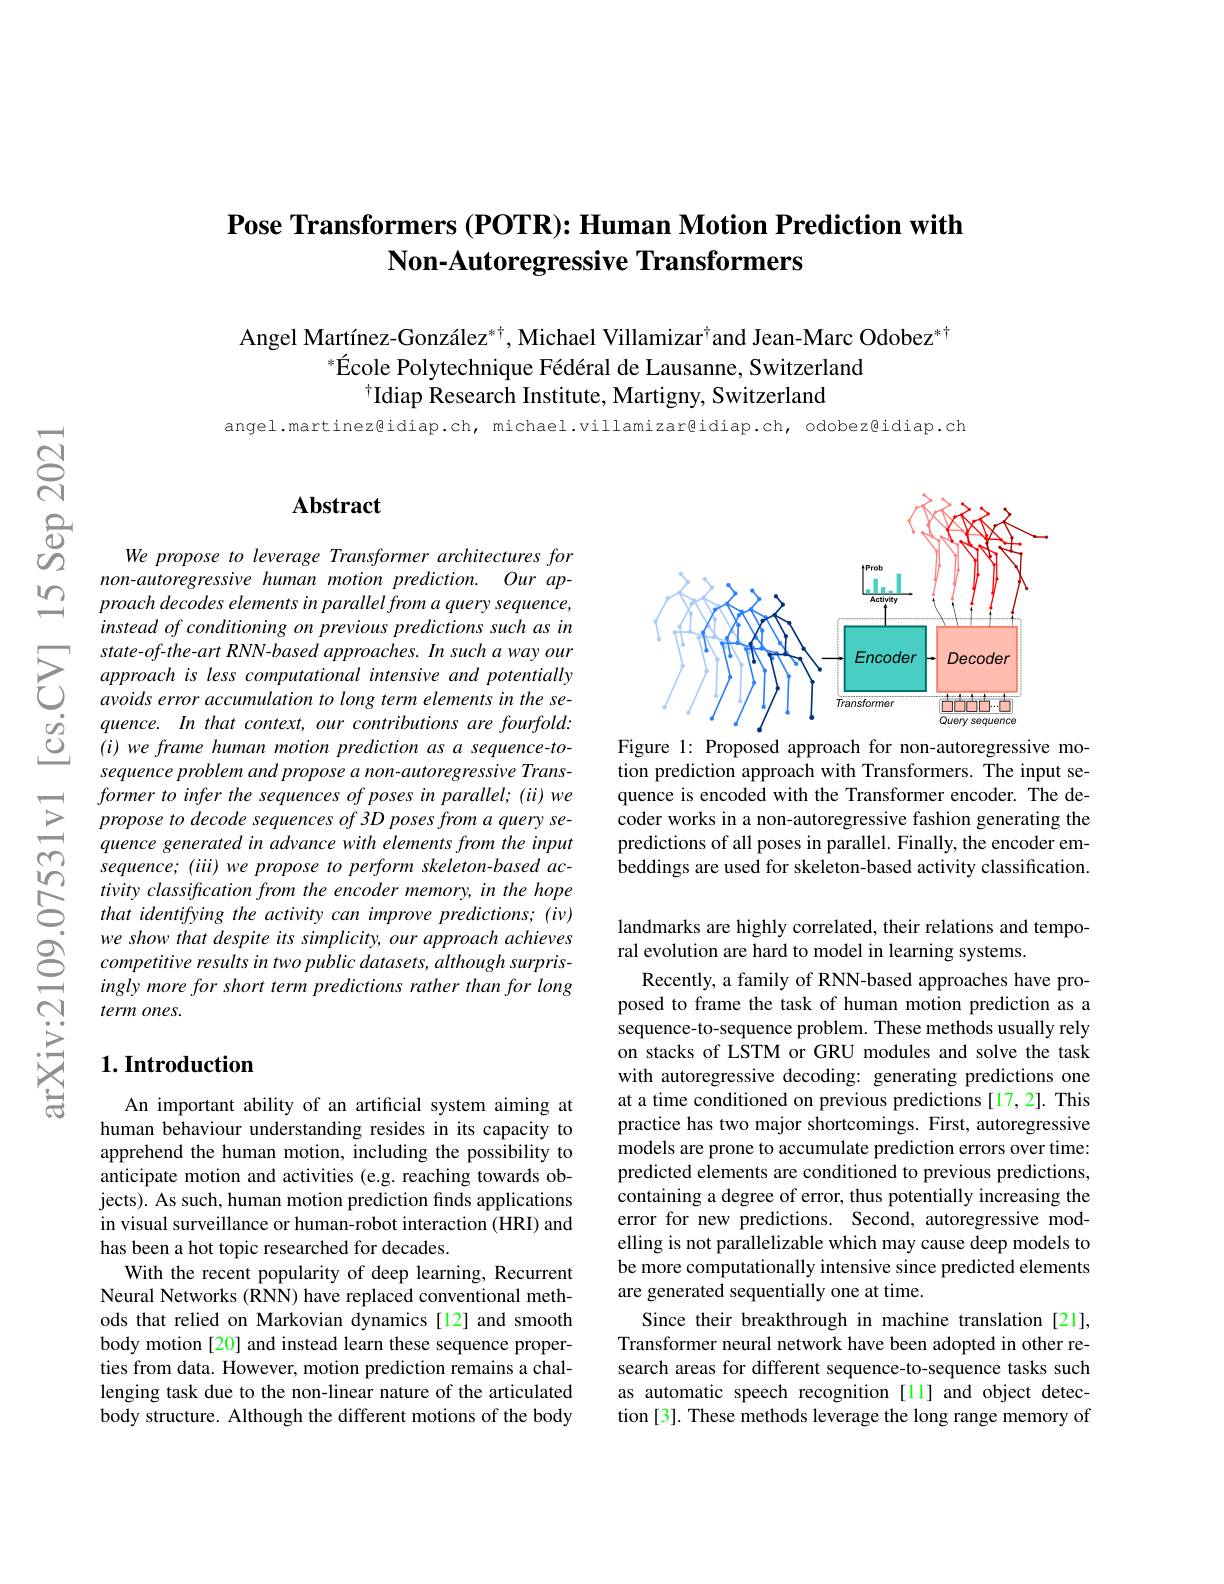
## Pose Transformers (POTR): Human Motion Prediction with Non-Autoregressive Transformers

Angel Martínez-González$^{*\dagger}$, Michael Villamizar$^{\dagger}$and Jean-Marc Odobez$^{*\dagger}$
$^* \text{\'{E} cole Polytechnique F\'{e} d\'{e} ral de Lausanne, Switzerland}$
$^{\dagger}$Idiap Research Institute, Martigny, Switzerland

angel.martinez@idiap.ch, michael.villamizar@idiap.ch, odobez@idiap.ch

## Abstract

We propose to leverage Transformer architectures for non-autoregressive human motion prediction. Our approach decodes elements in parallel from a query sequence, instead of conditioning on previous predictions such as in
$\sum_{\begin{array}{ccc}&state-of-the-art\:RNN-based\:approaches.In\:such\:a\:way\:our\\&approach\:is\:less\:computational\:intensive\:and\:potentially\\&avoids\:error\:accumulation\:to\:long\:term\:elements\:in\:the\:se-\end{array}}$
$quence.$ Inthat context, our contributions are fourfold: sequence problem and propose a non-autoregressive Transformer to infer the sequences of poses in parallel; (ii) we propose to decode sequences of 3D poses from a query sequence generated in advance with elements from the input
sequence; ( iii) we propose to perform skeleton- based ac- tivity classification from the encoder memory, in the hope that identifying the activity can improve predictions; ( iv)
we show that despite its simplicity, our approach achieves competitive results in two public datasets, although surprisingly more for short term predictions rather than for long term ones.

### $1. \textbf{Introduction}$

An important ability of an artificial system aiming at human behaviour understanding resides in its capacity to apprehend the human motion, including the possibility to anticipate motion and activities (e.g. reaching towards objects). As such, human motion prediction finds applications in visual surveillance or human-robot interaction (HRI) and has been a hot topic researched for decades.
With the recent popularity of deep learning, Recurrent Neural Networks (RNN) have replaced conventional methods that relied on Markovian dynamics [12] and smooth body motion [20] and instead learn these sequence properties from data. However, motion prediction remains a challenging task due to the non-linear nature of the articulated body structure. Although the different motions of the body

<FigureHere>

Figure 1: Proposed approach for non-autoregressive motion prediction approach with Transformers. The input sequence is encoded with the Transformer encoder. The decoder works in a non-autoregressive fashion generating the predictions of all poses in parallel. Finally, the encoder embeddings are used for skeleton-based activity classification.

landmarks are highly correlated, their relations and tempo-
ral evolution are hard to model in learning systems.
Recently, a family of RNN-based approaches have proposed to frame the task of human motion prediction as a sequence-to-sequence problem. These methods usually rely on stacks of LSTM or GRU modules and solve the task with autoregressive decoding: generating predictions one at a time conditioned on previous predictions [17,2]. This practice has two major shortcomings. First, autoregressive models are prone to accumulate prediction errors over time: predicted elements are conditioned to previous predictions, containing a degree of error, thus potentially increasing the error for new predictions. Second, autoregressive modelling is not parallelizable which may cause deep models to be more computationally intensive since predicted elements are generated sequentially one at time.
Since their breakthrough in machine translation[21], Transformer neural network have been adopted in other research areas for different sequence-to-sequence tasks such as automatic speech recognition [ll] and object detection [3]. These methods leverage the long range memory of